Report on vaccination North-West Frontier Province 1904-1922 - 1904-1922
Year: 1904
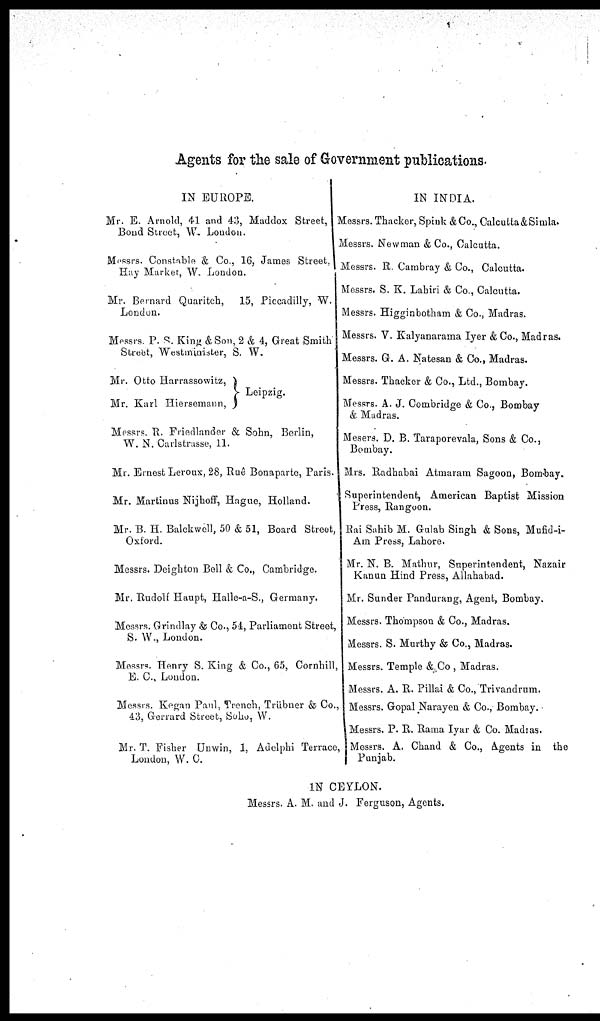
Agents for the sale of Government publications.
IN EUROPE.
Mr. E. Arnold, 41 and 43, Maddox Street,
Bond Street, W. Louden.
Messrs. Constable & Co., 16, James Street.
Hay Marker, W. London.
Mr. Bernard Quaritch,
15, Piccadilly, W.
London.
Messrs. P. S. King & Son, 2 & 4, Great Smith
Street, Westminister, S. W.
Mr. Otto Harrassowitz,
Mr. Karl Hiersemann,
Leipzig.
Messrs. R. Friedlander & Sohn, Berlin,
W. N. Carlstrasse, 11.
Mr. Ernest Leroux, 28, Ruê Bonaparte, Paris.
Mr. Martinus Nijhoff, Hague, Holland.
Mr. B. H. Balckwell, 50 & 51, Board Street,
Oxford.
Messrs. Deighton Bell & Co., Cambridge.
Mr. Rudolf Haupt, Halle-a-S., Germany.
Messrs. Grindlay & Co., 54, Parliament Street,
S. W., London.
Messrs. Henry S. King & Co., 65, Cornhill,
E. C, London.
Messrs. Kegan Paul, Trench, Trübner & Co.
43, Gerrard Street, Soho, W.
Mr. T. Fislier Unwin, 1, Adelphi Terrace,
London, W. C.
IN INDIA.
Messrs. Thacker, Spink &Co., Calcutta & Simla.
Messrs. Newman & Co., Calcutta.
Messrs. R. Cambray & Co., Calcutta.
Messrs. S. K. Lahiri & Co., Calcutta.
Messrs. Higginbotham & Co., Madras.
Messrs. V. Kalyanarama Iyer & Co., Madras.
Messrs. G. A. Natesan & Co., Madras.
Messrs. Thacker & Co., Ltd., Bombay.
Messrs. A. J. Combridge & Co., Bombay
& Madras.
Mesers. D. B. Taraporevala, Sons & Co.,
Bombay.
Mrs. Radhabai Atmaram Sagoon, Bombay.
Superintendent, American Baptist Mission
Press, Rangoon.
Rai Sahib M. Gulab Singh & Sons, Mufid-i¬
Am Press, Lahore.
Mr. N. B. Mathur, Superintendent, Nazair
Kanun Hind Press, Allahabad.
Mr. Sunder Pandurang, Agent, Bombay.
Messrs. Thompson & Co., Madras.
Messrs. S. Murthy & Co., Madras.
Messrs. Temple & Co , Madras.
Messrs. A. R. Pillai & Co., Trivandrum.
M
essrs. Gopal Narayen & Co., Bombay.
Messrs. P. R. Rama Iyar & Co. Madras.
Messrs. A. Chand & Co., Agents in the
Punjab.
IN CEYLON.
Messrs. A. M. and J. Ferguson, Agents.